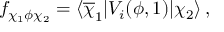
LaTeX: f _ { \chi _ { 1 } \phi \chi _ { 2 } } = \langle \overline { { \chi } } _ { 1 } | V _ { i } ( \phi , 1 ) | \chi _ { 2 } \rangle \, ,